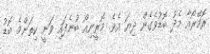
ރޮމޭރޯއާ މެދު ބޮޑުވެގެން ދިޔަ އެވެ. މޮރީނިއޯ ބުނެފައި ވަނީ ކިތަންމެ ބޮޑު